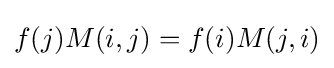
f(j)M(i,j)=f(i)M(j,i)